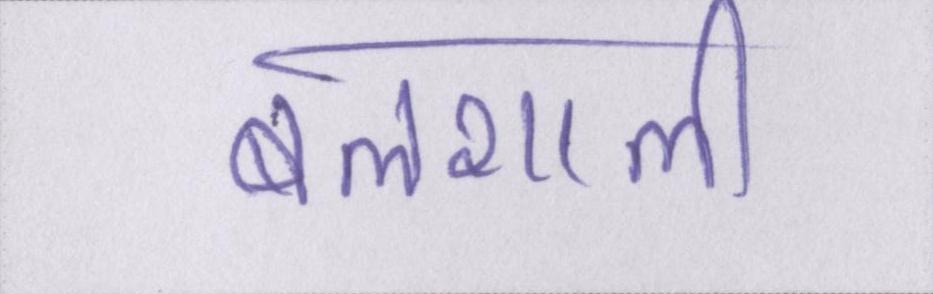
बलशाली